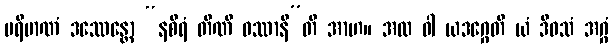
ပရိမာဏံ ဒဿေန္တော “နစိရံ တီဏိ ဝဿာနီ”တိ အာဟ။ အထ ဝါ ယဒဂ္ဂေတိ ယံ ဒိဝသံ အဂ္ဂံ